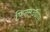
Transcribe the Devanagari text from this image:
फिल्मउद्योग